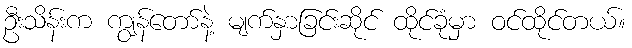
ဦးသိန်းက ကျွန်တော်နဲ့ မျက်နှာခြင်းဆိုင် ထိုင်ခုံမှာ ဝင်ထိုင်တယ်။